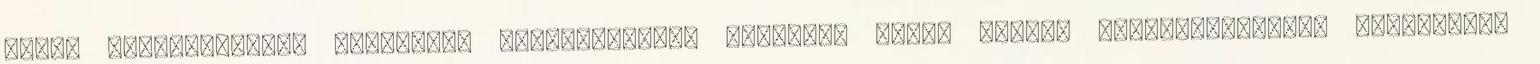
éjjel életveszélyes helyzetek megoldásában, valamint hóban rekedt tömegszállítási eszközökön